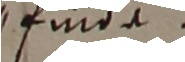
fue